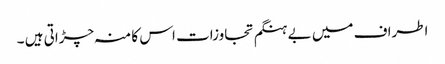
اطراف میں بے ہنگم تجاوزات اس کا منہ چڑاتی ہیں ۔